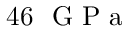
4 6 ~ \mathrm { ~ G ~ P ~ a ~ }